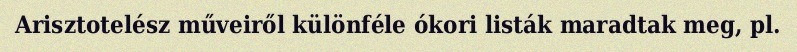
Arisztotelész műveiről különféle ókori listák maradtak meg, pl.